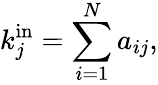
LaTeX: k_{j}^{\mathrm{in}}=\sum_{i=1}^{N}a_{ij},